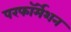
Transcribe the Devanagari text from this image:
परफॉर्मेशन